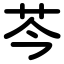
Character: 芩